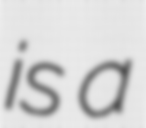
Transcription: is a